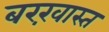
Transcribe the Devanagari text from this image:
बरख़ास्त